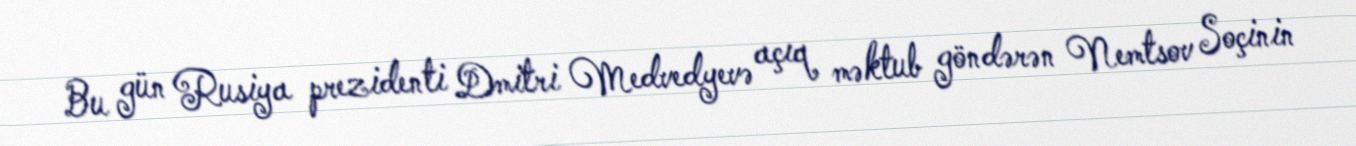
Bu gün Rusiya prezidenti Dmitri Medvedyevə açıq məktub göndərən Nemtsov Soçinin